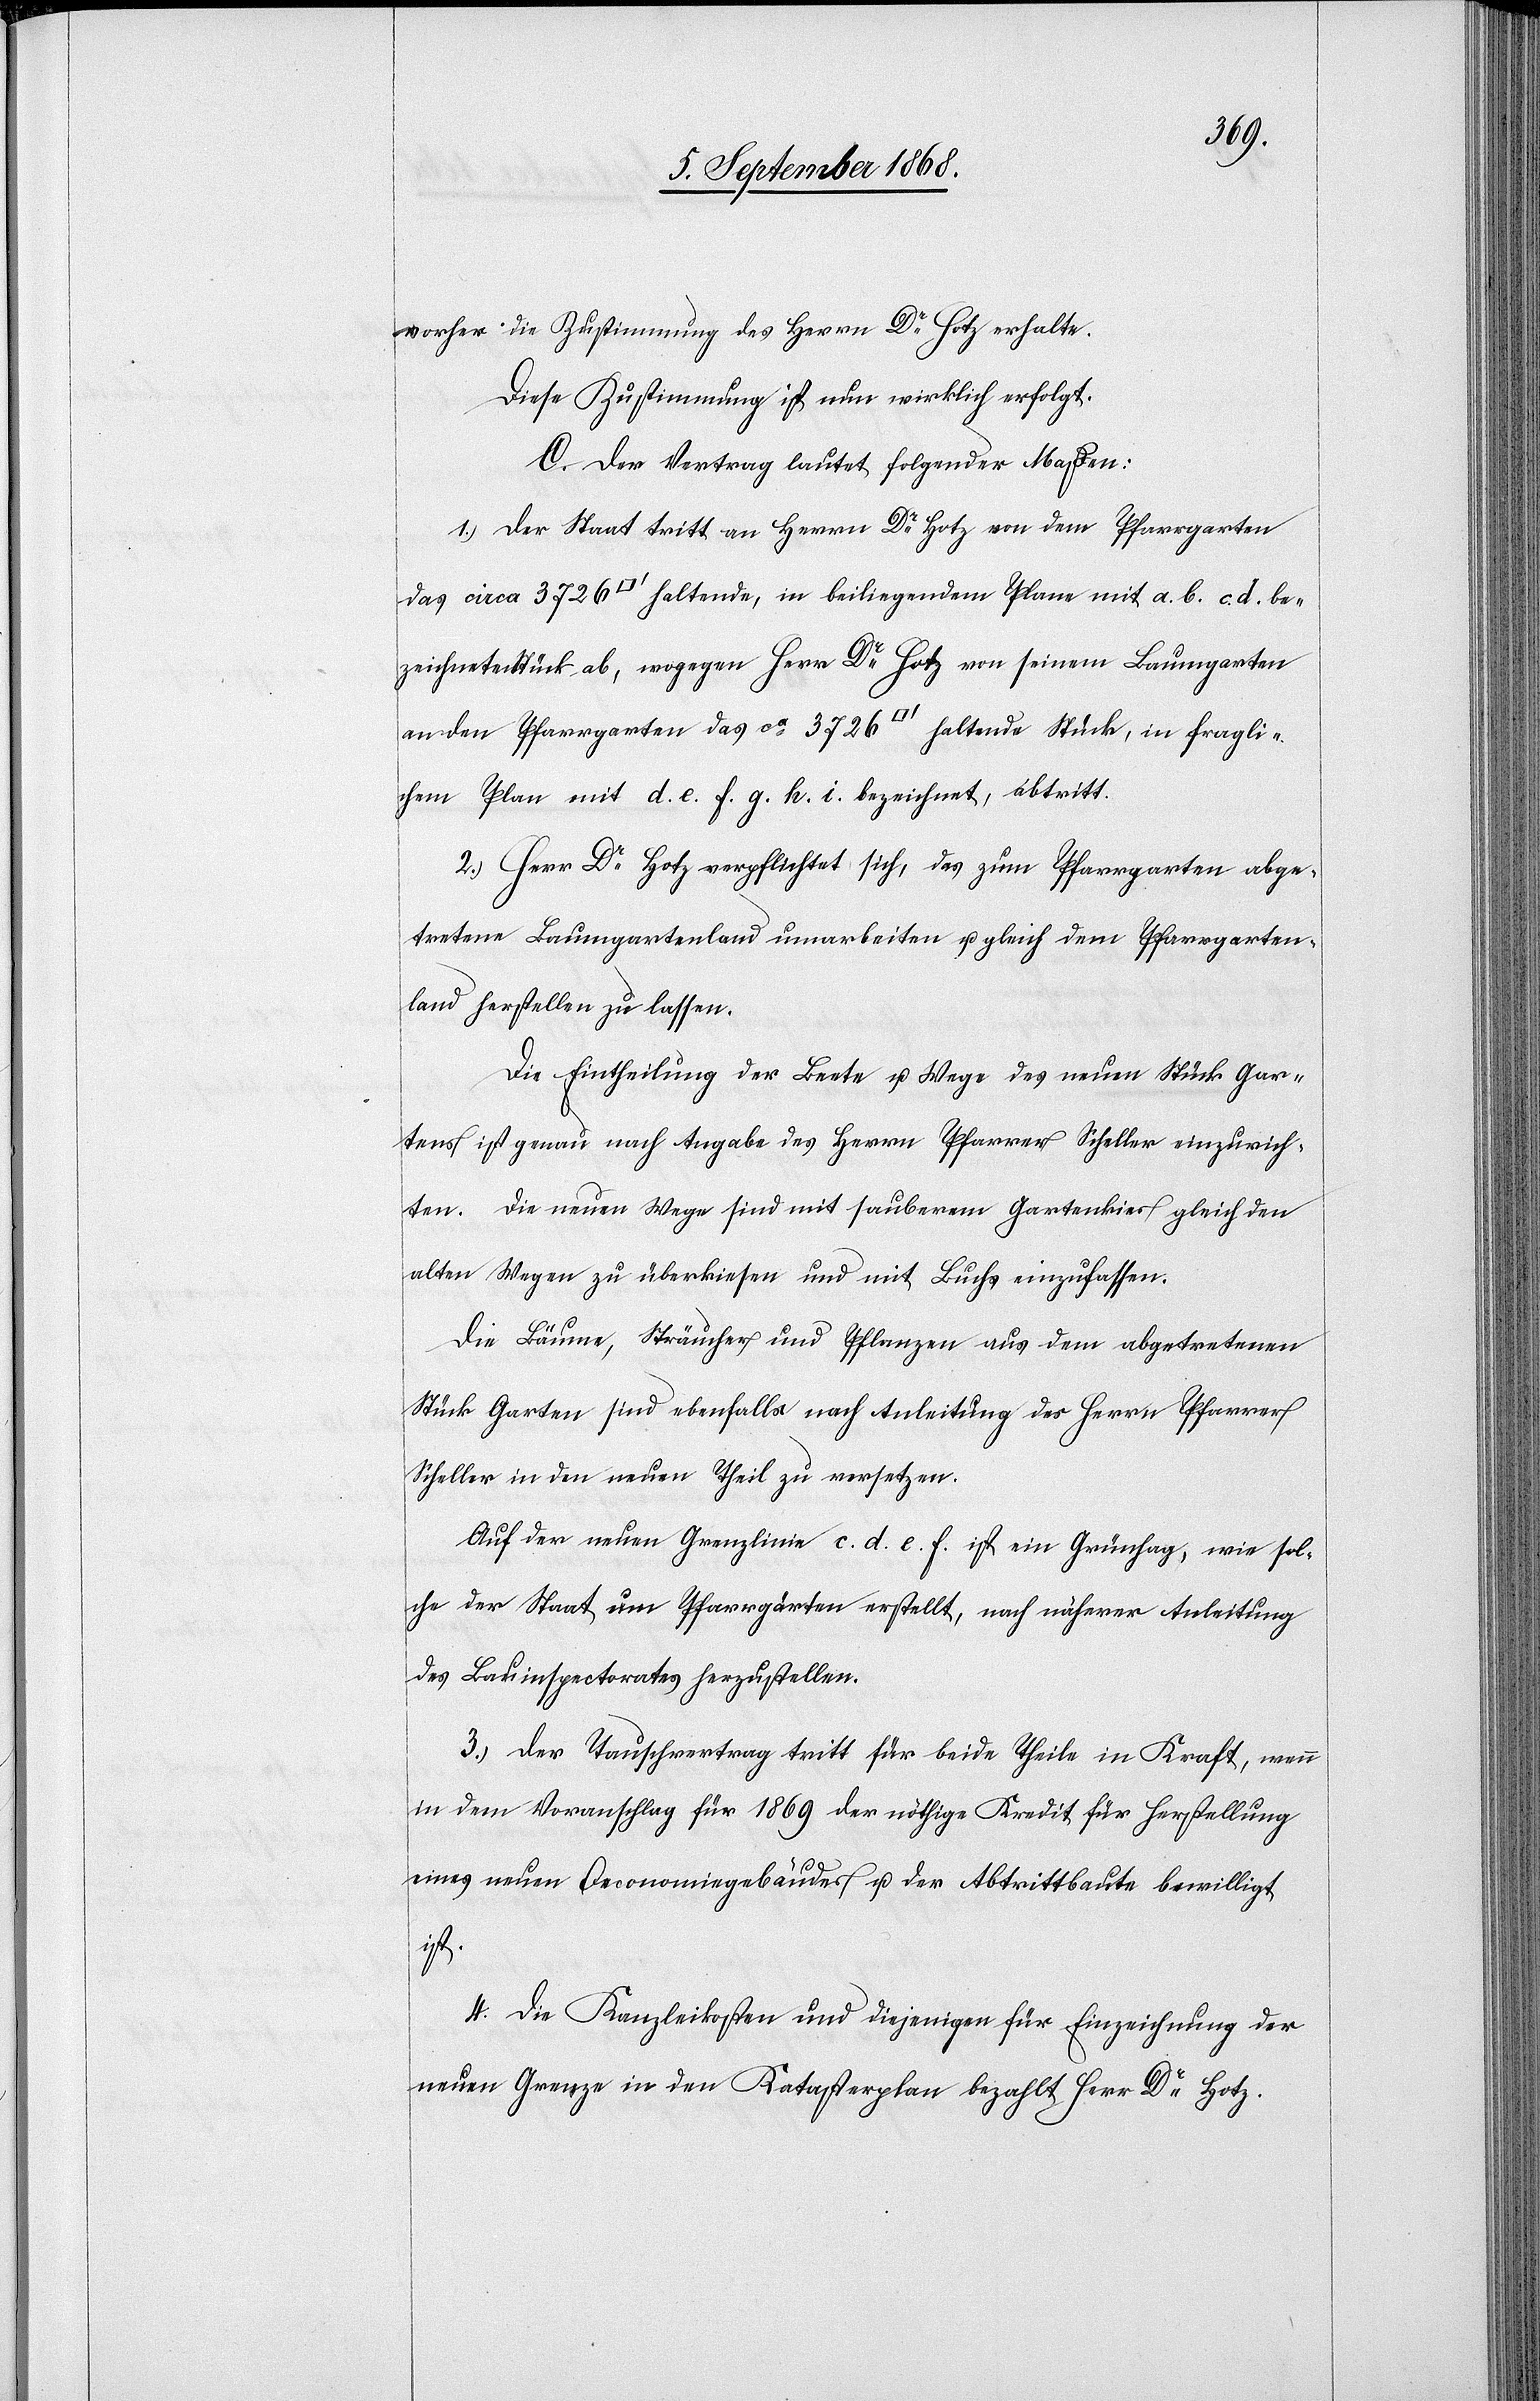
vorher die Zustimmung des Herrn Dr Hotz erhalte.
Diese Zustimmung ist nun wirklich erfolgt.
C. Der Vertrag lautet folgender Maßen:
1.) Der Staat tritt an Herrn Dr Hotz von dem Pfarrgarten
das circa 3726 [Quadratfuß] haltende, in beiliegendem Plane mit a. b. c. d. be¬
zeichnete Stück ab, wogegen Herr Dr Hotz von seinem Baumgarten
an den Pfarrgarten das ca 3726 [Quadratfuß] haltende Stück, in fragli¬
chem Plan mit d. e. f. g. h. i. bezeichnet, abtritt.
2.) Herr Dr Hotz verpflichtet sich, das zum Pfarrgarten abge¬
tretene Baumgartenland umarbeiten u. gleich dem Pfarrgarten¬
land herstellen zu lassen.
Die Eintheilung der Beete u. Wege des neuen Stück Gar¬
tens ist genau nach Angabe des Herrn Pfarrer Scheller einzurich¬
ten. Die neuen Wege sind mit sauberem Gartenkies gleich den
alten Wegen zu überkiesen und mit Buchs einzufassen.
Die Bäume, Sträucher und Pflanzen aus dem abgetretenen
Stück Garten sind ebenfalls nach Anleitung des Herrn Pfarrer
Scheller in den neuen Theil zu versetzen.
Auf der neuen Grenzlinie c. d. e. f. ist ein Grünhag, wie sol¬
che der Staat um Pfarrgärten erstellt, nach näherer Anleitung
des Bauinspectorates herzustellen.
3.) Der Tauschvertrag tritt für beide Theile in Kraft, wenn
in dem Voranschlag für 1869 der nöthige Kredit für Herstellung
eines neuen Oeconomiegebäudes u. der Abtrittbaute bewilligt
ist.
4.) Die Kanzleikosten und diejenigen für Einzeichnung der
neuen Grenze in den Katasterplan bezahlt Herr Dr Hotz.